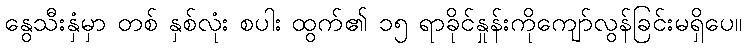
နွေသီးနှံမှာ တစ် နှစ်လုံး စပါး ထွက်၏ ၁၅ ရာခိုင်နှုန်းကိုကျော်လွန်ခြင်းမရှိပေ။